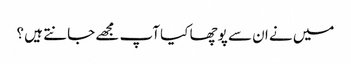
میں نے ان سے پوچھا کیا آپ مجھے جانتے ہیں ؟